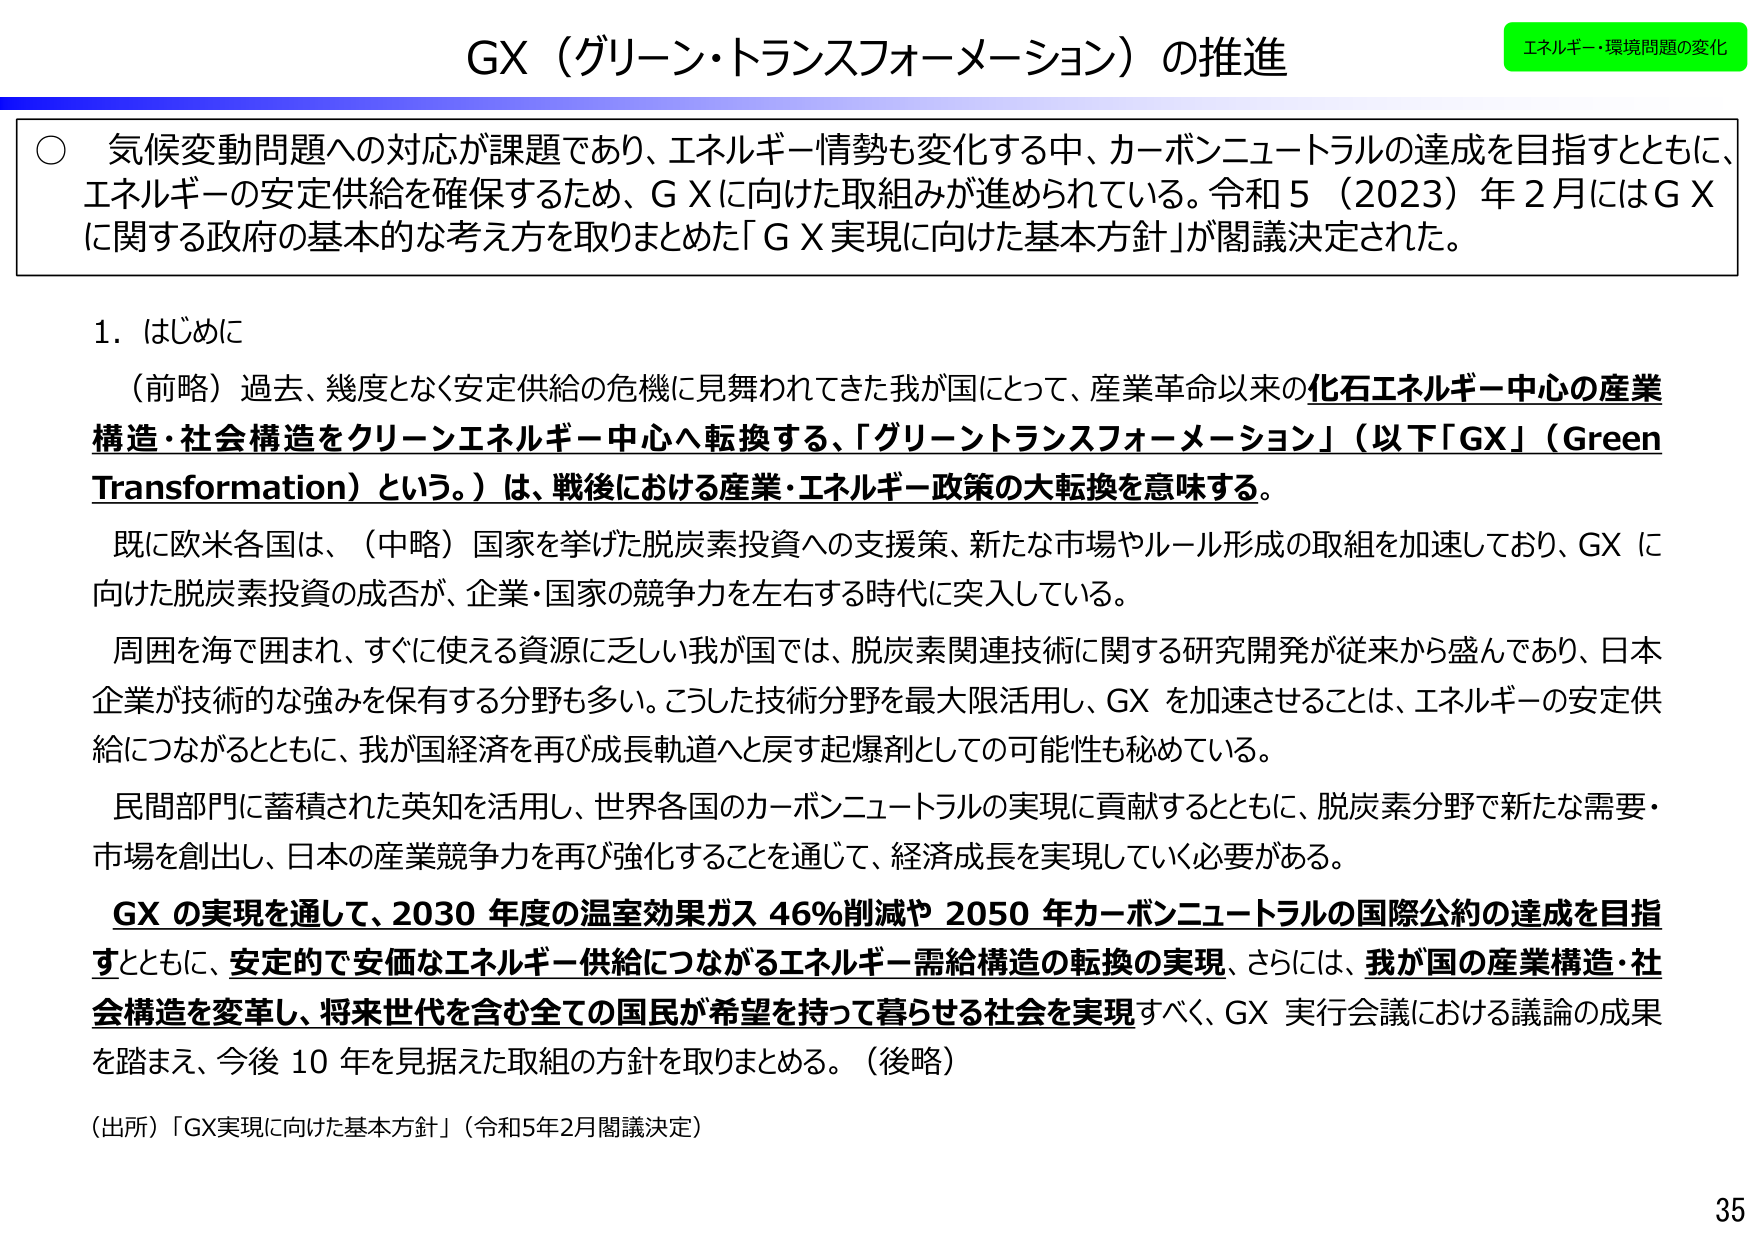
GX（グリーン・トランスフォーメーション）の推進

エネルギー・環境問題の変化

○ 気候変動問題への対応が課題であり、エネルギー情勢も変化する中、カーボンニュートラルの達成を目指すとともに、エネルギーの安定供給を確保するため、ＧＸに向けた取組みが進められている。令和５（2023）年２月にはＧＸに関する政府の基本的な考え方を取りまとめた「ＧＸ実現に向けた基本方針」が閣議決定された。

1．はじめに

（前略）過去、幾度となく安定供給の危機に見舞われてきた我が国にとって、産業革命以来の化石エネルギー中心の産業構造・社会構造をクリーンエネルギー中心へ転換する、「グリーントランスフォーメーション」（以下「GX」（Green Transformation）という。）は、戦後における産業・エネルギー政策の大転換を意味する。

既に欧米各国は、（中略）国家を挙げた脱炭素投資への支援策、新たな市場やルール形成の取組を加速しており、GX に向けた脱炭素投資の成否が、企業・国家の競争力を左右する時代に突入している。

周囲を海で囲まれ、すぐに使える資源に乏しい我が国では、脱炭素関連技術に関する研究開発が従来から盛んであり、日本企業が技術的な強みを保有する分野も多い。こうした技術分野を最大限活用し、GX を加速させることは、エネルギーの安定供給につながるとともに、我が国経済を再び成長軌道へと戻す起爆剤としての可能性も秘めている。

民間部門に蓄積された英知を活用し、世界各国のカーボンニュートラルの実現に貢献するとともに、脱炭素分野で新たな需要・市場を創出し、日本の産業競争力を再び強化することを通じて、経済成長を実現していく必要がある。

GX の実現を通して、2030 年度の温室効果ガス 46％削減や 2050 年カーボンニュートラルの国際公約の達成を目指すとともに、安定的で安価なエネルギー供給につながるエネルギー需給構造の転換の実現、さらには、我が国の産業構造・社会構造を変革し、将来世代を含む全ての国民が希望を持って暮らせる社会を実現すべく、GX 実行会議における議論の成果を踏まえ、今後 10 年を見据えた取組の方針を取りまとめる。（後略）

（出所）「GX実現に向けた基本方針」（令和5年2月閣議決定）

35